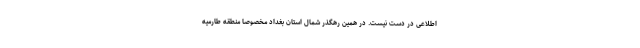
اطلاعی در دست نیست. در همین رهگذر شمال استان بغداد مخصوصا منطقه طارمیه